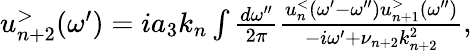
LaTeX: \begin{array}{r}{u_{n+2}^{>}(\omega^{\prime})=ia_{3}k_{n}\int\frac{d\omega^{\prime\prime}}{2\pi}\frac{u_{n}^{<}(\omega^{\prime}-\omega^{\prime\prime})u_{n+1}^{>}(\omega^{\prime\prime})}{-i\omega^{\prime}+\nu_{n+2}k_{n+2}^{2}},}\end{array}